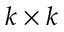
k \times k